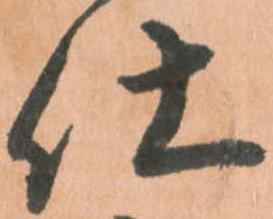
仕